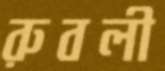
রুবলী